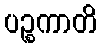
ပဉ္စကာတိ